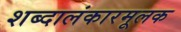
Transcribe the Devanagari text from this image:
शब्दालंकारमूलक